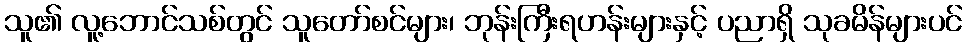
သူ၏ လူ့ဘောင်သစ်တွင် သူတော်စင်များ၊ ဘုန်းကြီးရဟန်းများနှင့် ပညာရှိ သုခမိန်များပင်